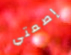
إصمتي